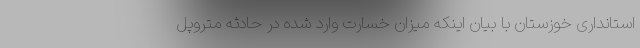
استانداری خوزستان با بیان اینکه میزان خسارت وارد شده در حادثه متروپل